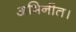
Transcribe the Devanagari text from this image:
अभिनीत।